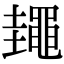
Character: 䵷